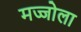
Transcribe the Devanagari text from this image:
मज्जोला